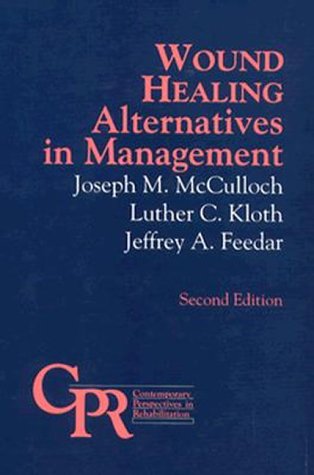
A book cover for Wound Healing: Alternatives in Management; Medical Books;